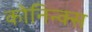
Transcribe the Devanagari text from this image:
कोनिन्क्स